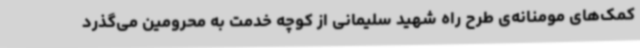
کمک‌های مومنانه‌ی طرح راه شهید سلیمانی از کوچه خدمت به محرومین می‌گذرد